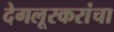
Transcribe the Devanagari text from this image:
देगलूरकरांचा